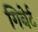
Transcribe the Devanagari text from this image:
गिबेर्ट